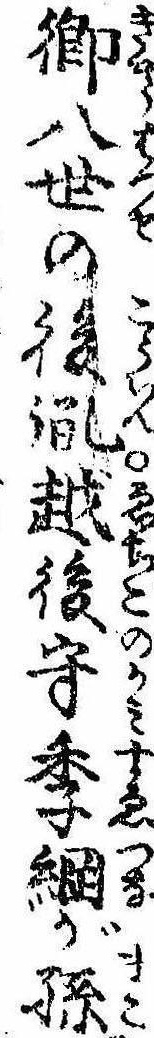
卿八世の後胤越後守季綱が孫